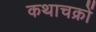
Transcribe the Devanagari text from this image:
कथाचक्रों